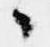
々